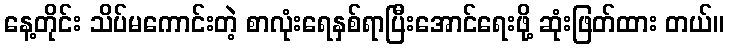
နေ့တိုင်း သိပ်မကောင်းတဲ့ စာလုံးရေနှစ်ရာပြီးအောင်ရေးဖို့ ဆုံးဖြတ်ထား တယ်။